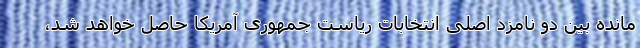
مانده بین دو نامزد اصلی انتخابات ریاست جمهوری آمریکا حاصل خواهد شد،